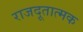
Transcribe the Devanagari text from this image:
राजदूतात्मक